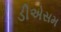
ડીએસમ